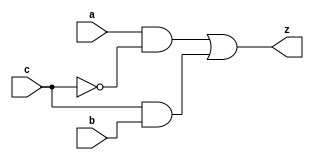
    

module yMux1(z, a, b, c);
output z;
input a, b, c;
wire notC, upper, lower;
not my_not(notC, c);
and upperAnd(upper, a, notC);
and lowerAnd(lower, c, b);
or my_or(z, upper, lower);
endmodule

module LabL;

   reg a, b, c;
   reg expect;
   wire z;
   integer i, j, k;
   yMux1 mux(z, a, b, c);

   initial
     begin

        for (i = 0; i < 2; i = i + 1)
          begin
             for (j = 0; j < 2; j = j + 1)
               begin
                  for (k = 0; k < 2; k = k + 1)
                    begin
                       a = i;
                       b = j;
                       c = k;

                       expect = c ? b : a;

                       #1; // wait for z
                       if (z === expect)
                         $display("PASS: a=%b b=%b c=%b z=%b", a, b, c, z);
                       else
                         $display("FAIL: a=%b b=%b c=%b z=%b", a, b, c, z);
                    end
               end
          end
        $finish;
     end

endmodule // LabL